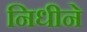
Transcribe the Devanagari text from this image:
निधीने